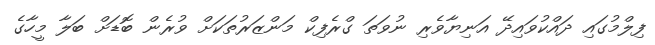
ފިލްމުގައި ދައްކުވައިދޭ އަނިޔާވެރި ނުވަތަ ގްރެފިކް މަންޒަރުތަކަށް ވުރެން ބޮޑަށް ބަލާ މީހާގެ